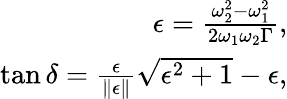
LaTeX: \begin{array}{r}{\epsilon=\frac{\omega_{2}^{2}-\omega_{1}^{2}}{2\omega_{1}\omega_{2}\Gamma},}\\ {\tan\delta=\frac{\epsilon}{\| \epsilon\| }\sqrt{\epsilon^{2}+1}-\epsilon,}\end{array}